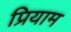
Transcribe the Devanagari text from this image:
प्रियाम